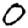
Digit: 0